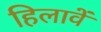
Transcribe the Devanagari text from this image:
हिलावें